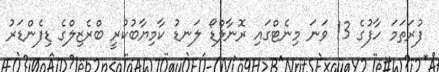
ފުރަތަމަ ހާފުގެ 13 ވަނަ މިނެޓްގައި ރޮނާލްޑޯ ލަނޑު ކާމިޔާބުކުރީ ބްރެޒިލްގެ ޑިފެންޑަރު